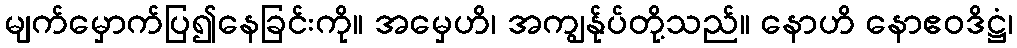
မျက်မှောက်ပြ၍နေခြင်းကို။ အမှေဟိ၊ အကျွန်ုပ်တို့သည်။ နောဟိ နောဧဝဒိဋ္ဌံ၊